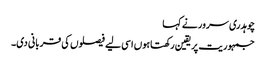
چوہدری سرور نے کہا
جمہوریت پریقین رکھتاہوں اسی لیے فیصلوں کی قربانی دی۔